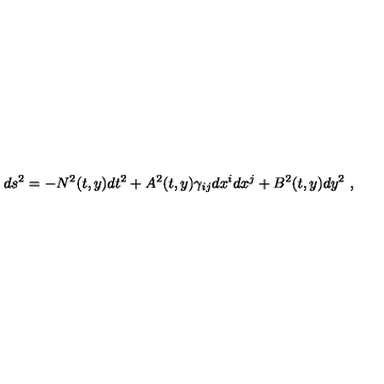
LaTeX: d s ^ { 2 } = - N ^ { 2 } ( t , y ) d t ^ { 2 } + A ^ { 2 } ( t , y ) \gamma _ { i j } d x ^ { i } d x ^ { j } + B ^ { 2 } ( t , y ) d y ^ { 2 } \ ,